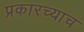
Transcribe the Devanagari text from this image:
प्रकारच्याच